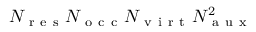
N _ { \mathrm { ~ r ~ e ~ s ~ } } N _ { \mathrm { ~ o ~ c ~ c ~ } } N _ { \mathrm { ~ v ~ i ~ r ~ t ~ } } N _ { \mathrm { ~ a ~ u ~ x ~ } } ^ { 2 }